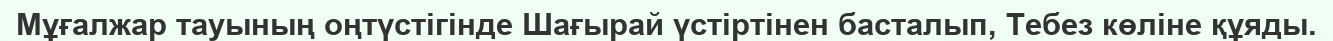
Мұғалжар тауының оңтүстігінде Шағырай үстіртінен басталып, Тебез көліне құяды.